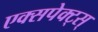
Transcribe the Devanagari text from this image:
एक्सपेक्ट्स्